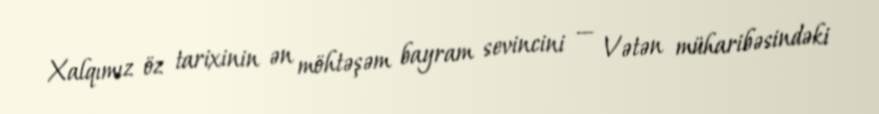
Xalqımız öz tarixinin ən möhtəşəm bayram sevincini — Vətən müharibəsindəki